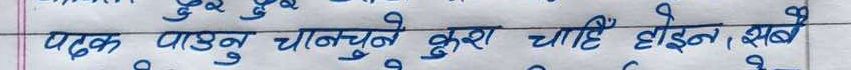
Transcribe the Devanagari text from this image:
पढक पाउन चाल्नु ने कुरा चाहे होइन , सबै